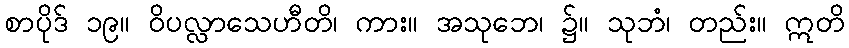
စာပိုဒ် ၁၉။ ဝိပလ္လာသေဟီတိ၊ ကား။ အသုဘေ၊ ၌။ သုဘံ၊ တည်း။ ဣတိ